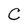
Character: C